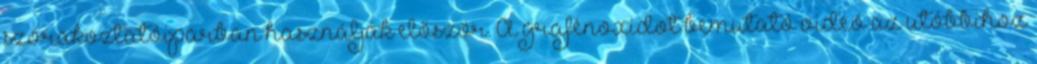
szórakoztatóiparban használják először. A grafénoxidot bemutató videó az utóbbihoz